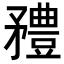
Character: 𥎓